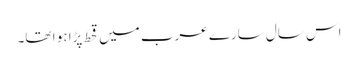
اس سال سارے عرب میں قحط پڑا ہو ا تھا۔